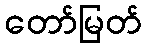
တော်မြတ်